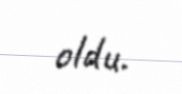
oldu.